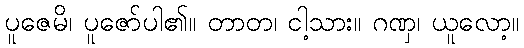
ပူဇေမိ၊ ပူဇော်ပါ၏။ တာတ၊ ငါ့သား။ ဂဏှ၊ ယူလော့။